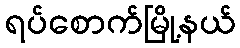
ရပ်စောက်မြို့နယ်